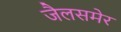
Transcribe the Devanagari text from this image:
जैलसमेर